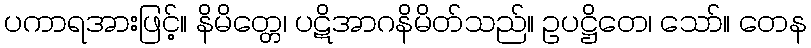
ပကာရအားဖြင့်။ နိမိတ္တေ၊ ပဋိအာဂနိမိတ်သည်။ ဥပဋ္ဌိတေ၊ သော်။ တေန